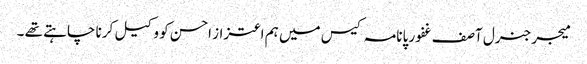
میجر جنرل آصف غفور پانامہ کیس میں ہم اعتزاز احسن کو وکیل کرنا چاہتے تھے ۔